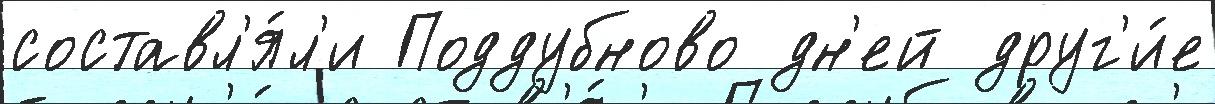
составл'я́л'и Поддубново дн'ей друг'и́е